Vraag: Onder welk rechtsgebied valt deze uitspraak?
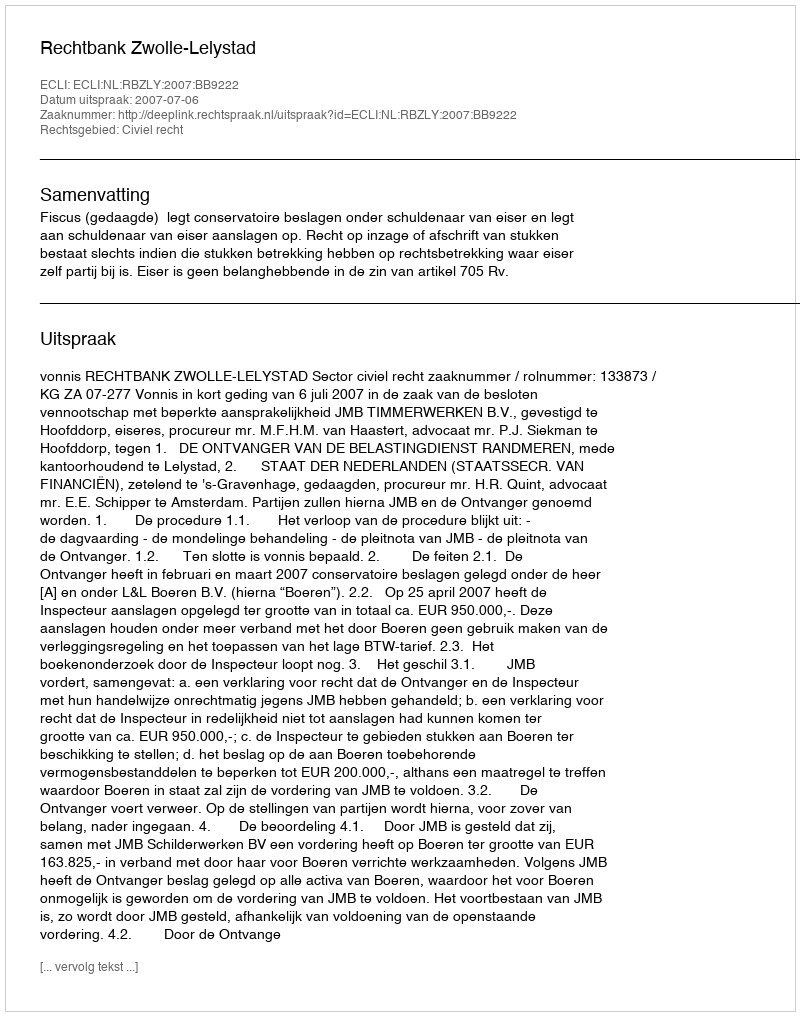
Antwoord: Civiel recht